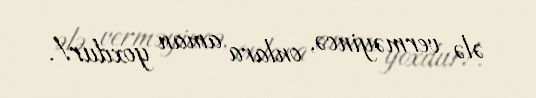
ələ verməyincə, onlara aman yoxdur!.